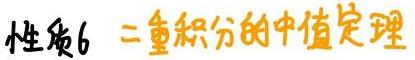
性质6 二重积分的中值定理